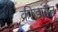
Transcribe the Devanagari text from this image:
क्रीड़ांगन